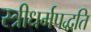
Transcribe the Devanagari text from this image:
स्त्रीधर्मपद्धति